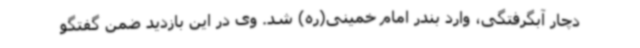
دچار آبگرفتگی، وارد بندر امام خمینی(ره) شد. وی در این بازدید ضمن گفتگو